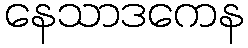
နေသာဒကေန